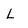
Character: L